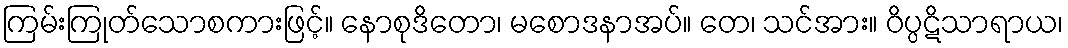
ကြမ်းကြုတ်သောစကားဖြင့်။ နောစုဒိတော၊ မစောဒနာအပ်။ တေ၊ သင်အား။ ဝိပ္ပဋိသာရာယ၊